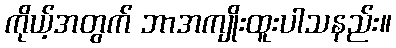
ကိုယ့်အတွက် ဘာအကျိုးထူးပါသနည်း။